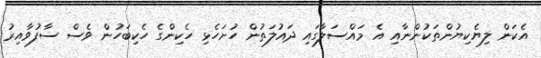
އެކަން ލިޔެކިޔުންތަކުންނާއި އެ މައްސަލާގައި ދައުލަތުން ހުށަހެޅި ހެކިންގެ ހެކިބަހުން ވެސް ސާފުވާއިރު